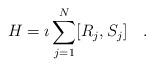
LaTeX: \begin{align*}H = \imath \sum_{j=1}^{N} [R_j ,S_j ] ~~~.\end{align*}